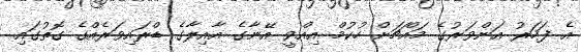
އެ ފަހަރު އަންވަރުގެ މައްޗަށް ހުކުމް އިއްވީ އޭނާގެ އާއިލާގެ ޑްރައިވަރެއްގެ ގޮތުގައި